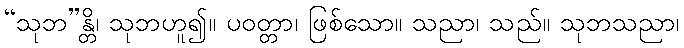
“သုဘ”န္တိ၊ သုဘဟူ၍။ ပဝတ္တာ၊ ဖြစ်သော။ သညာ၊ သည်။ သုဘသညာ၊